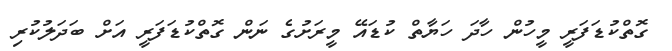
ގޮތްކުޑަފަރީ މީހުން ހާދަ ހަޔާތް ކުޑައޭ މީރަށުގެ ނަން ގޮތްކުޑަފަރީ އަށް ބަދަލުކުރި